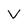
Character: V